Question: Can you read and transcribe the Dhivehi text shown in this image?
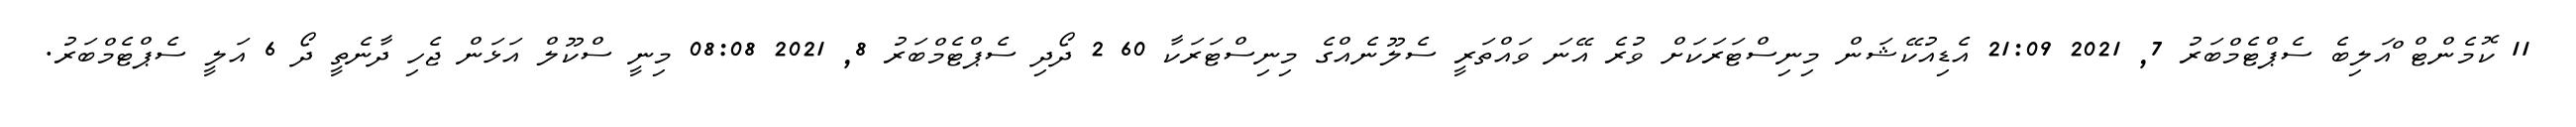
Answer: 11 ކޮމެންޓް ްއަލިބެ ސެޕްޓެމްބަރު 7, 2021 21:09 އެޑިއުކޭޝަން މިނިސްޓަރަކަށް ވުރެ އޭނަ ވައްތަރީ ސެލޫނެއްގެ މިނިސްޓަރަކާ 60 2 ދޯދި ސެޕްޓެމްބަރު 8, 2021 08:08 މިނީ ސްކޫލް އަޅަން ޖެހި ދާނެތީ ދޯ 6 އަލީ ސެޕްޓެމްބަރު.